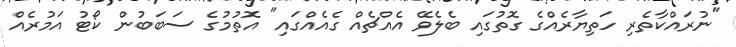
"ނުރައްކާތެރި ހަތިޔާރެއްގެ ގޮތުގައި ބެލެވޭ އެއްޗެއް ގެއެއްގައި" އޮތުމުގެ ސަބަބުން ކޯޓު އަމުރެއް